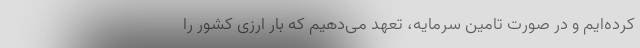
کرده‌ایم و در صورت تامین سرمایه، تعهد می‌دهیم که بار ارزی کشور را